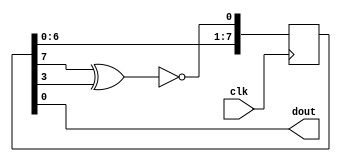
module lfsr_2(input wire clk, output wire dout);
    reg [7:0] out = 8'hAA;
    wire feedback = !(out[7] ^ out[3]);
    always @(posedge clk) begin
        out <= {out[6],out[5],
              out[4],out[3],
              out[2],out[1],
              out[0], feedback};
    end
    assign dout = out[0];
endmodule